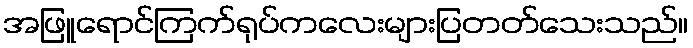
အဖြူရောင်ကြက်ရုပ်ကလေးများပြတတ်သေးသည်။